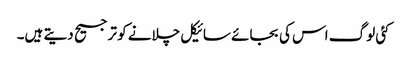
کئی لوگ اس کی بجائے سائیکل چلانے کو ترجیح دیتے ہیں۔